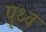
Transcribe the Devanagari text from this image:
पृथ्व